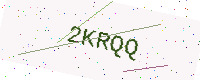
Text: 2KRQQ